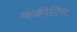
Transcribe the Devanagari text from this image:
कंक्रीटिंग